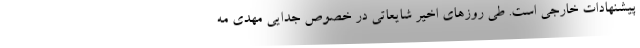
پیشنهادات خارجی است. طی روزهای اخیر شایعاتی در خصوص جدایی مهدی مه